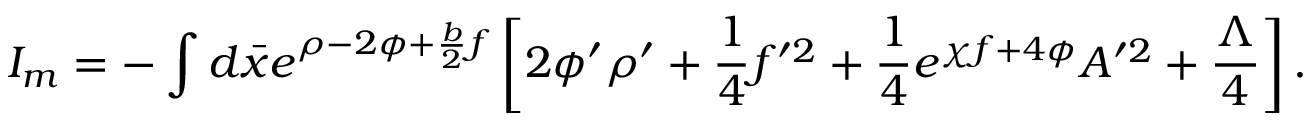
I _ { m } = - \int d \bar { x } e ^ { \rho - 2 \phi + \frac { b } { 2 } f } \left[ 2 \phi ^ { \prime } \rho ^ { \prime } + \frac { 1 } { 4 } f ^ { \prime 2 } + \frac { 1 } { 4 } e ^ { \chi f + 4 \phi } A ^ { \prime 2 } + \frac { \Lambda } { 4 } \right] .